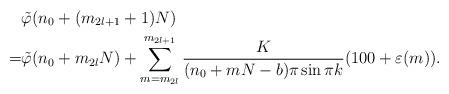
LaTeX: \begin{align*}&\tilde\varphi(n_0+(m_{2l+1}+1)N)\\=&\tilde\varphi(n_0+m_{2l}N)+\sum_{m=m_{2l}}^{m_{2l+1}}\frac{K}{(n_0+mN-b)\pi\sin\pi k}(100+\varepsilon(m)). \end{align*}